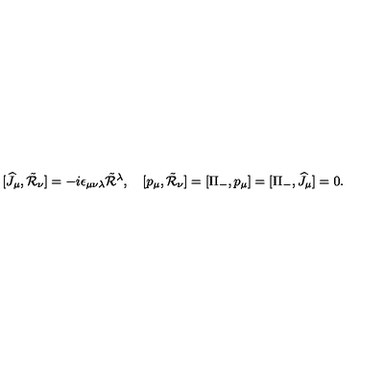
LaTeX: [ \widehat { J } _ { \mu } , \tilde { \cal R } _ { \nu } ] = - i \epsilon _ { \mu \nu \lambda } \tilde { \cal R } { } ^ { \lambda } , \quad [ p _ { \mu } , \tilde { \cal R } _ { \nu } ] = [ \Pi _ { - } , p _ { \mu } ] = [ \Pi _ { - } , \widehat { J } _ { \mu } ] = 0 .